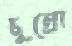
চুম্‌রো